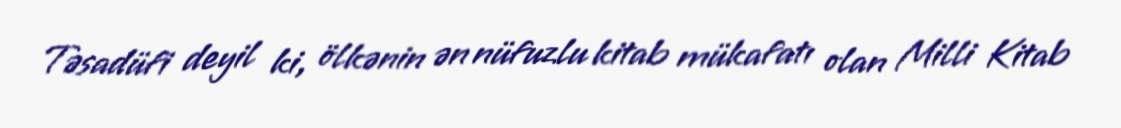
Təsadüfi deyil ki, ölkənin ən nüfuzlu kitab mükafatı olan Milli Kitab